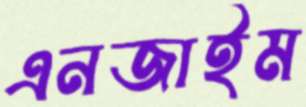
এনজাইম